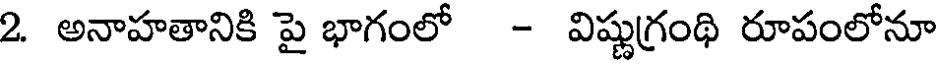
2. అనాహతానికి పై భాగంలో - విష్ణుగ్రంథి రూపంలోనూ